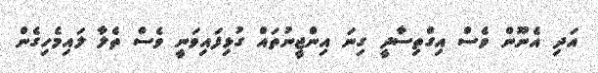
އަދި އެނޫން ވެސް އިގްތިސާދީ ގިނަ އިންޖީނުތައް ގުޅިފައިވަނީ ވެސް ތެލާ ލައިމެހިގެން